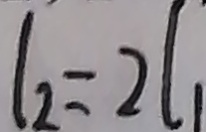
l _ { 2 } = 2 l _ { 1 }